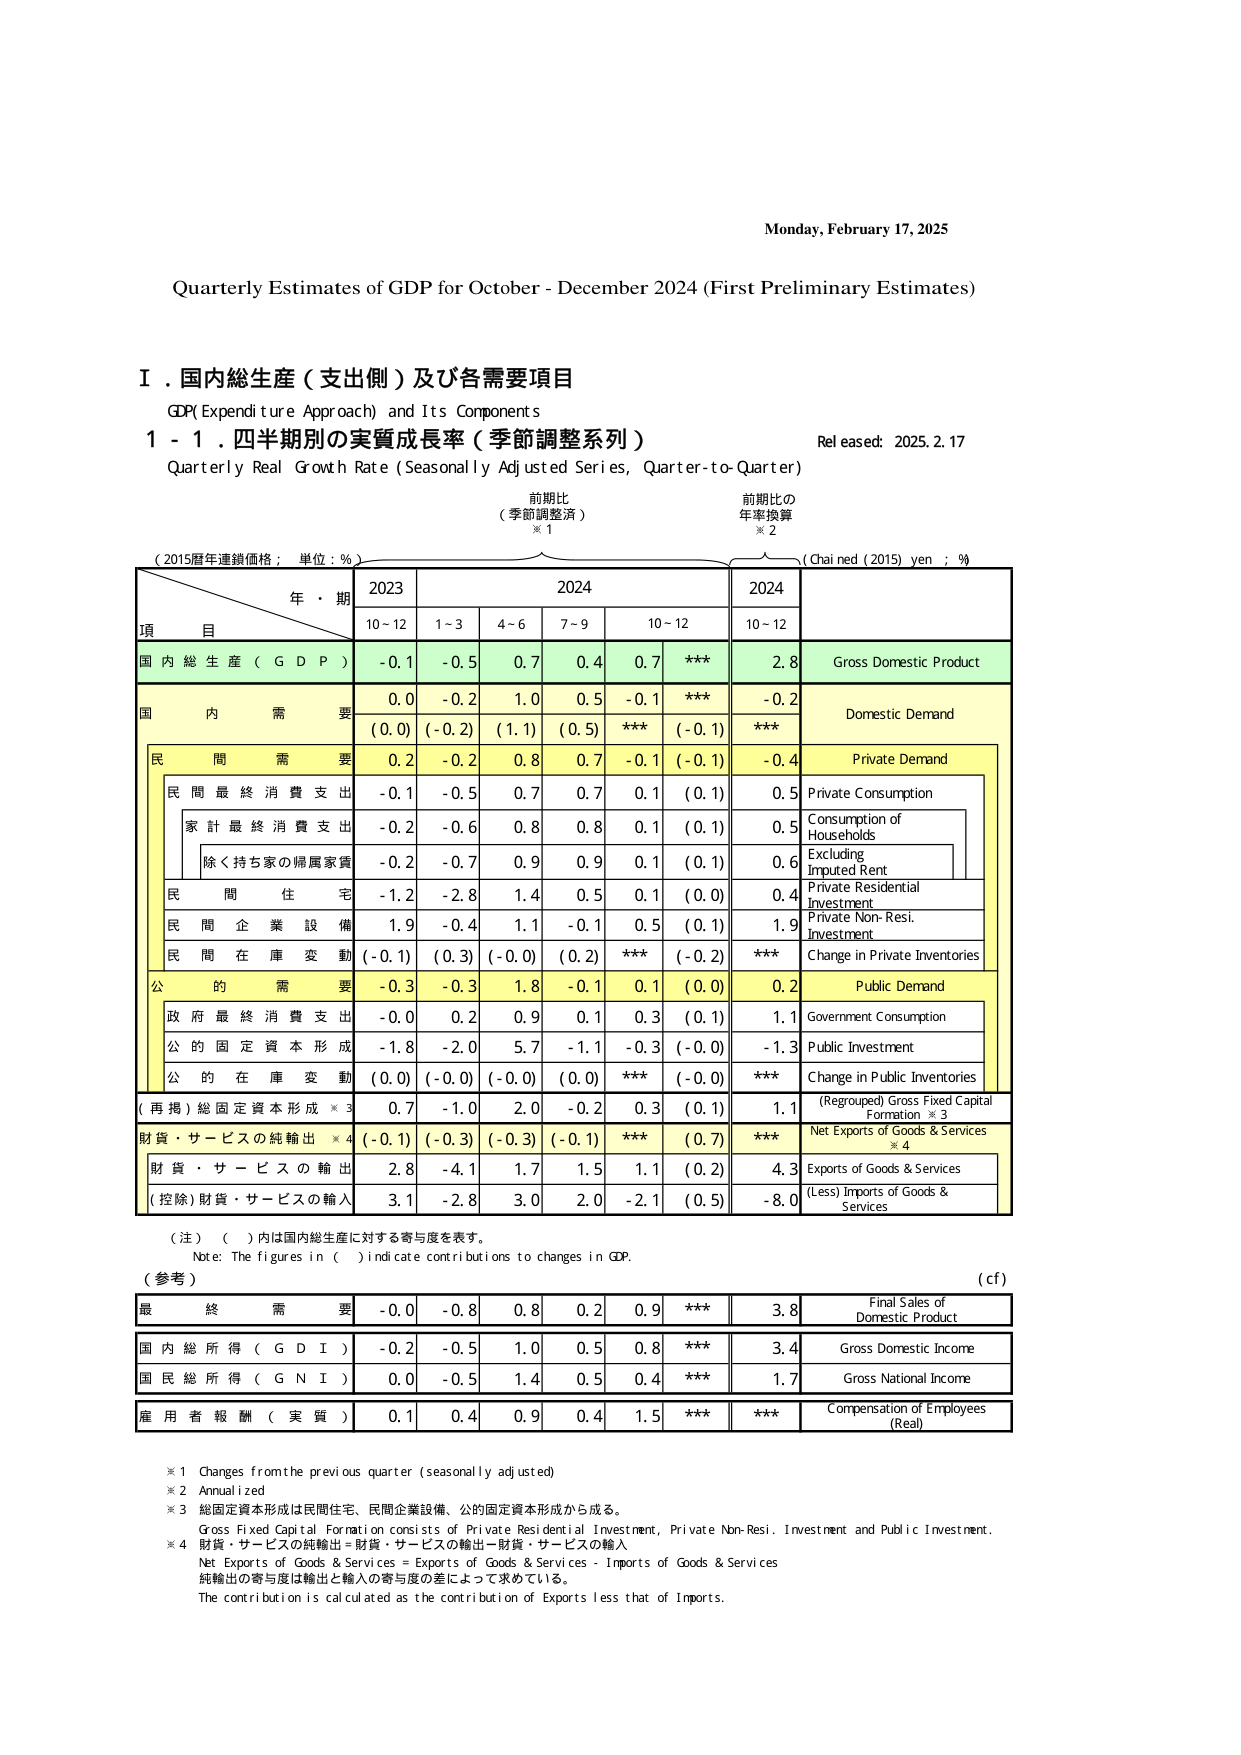
Monday, February 17, 2025

Quarterly Estimates of GDP for October - December 2024 (First Preliminary Estimates)

Ⅰ．国内総生産（支出側）及び各需要項目
GDP(Expenditure Approach) and Its Components

1 - 1．四半期別の実質成長率（季節調整系列）
Quarterly Real Growth Rate (Seasonally Adjusted Series, Quarter-to-Quarter)
Released: 2025.2.17

前期比
（季節調整済）
※1

前期比の
年率換算
※2

（2015暦年連鎖価格；単位：%）

（Chained (2015) yen；%）

年・期
2023
2024
2024
10~12
1~3
4~6
7~9
10~12
10~12

項
目

国内総生産（GDP）
-0.1
-0.5
0.7
0.4
0.7
***
2.8
Gross Domestic Product

国内需要
0.0
-0.2
1.0
0.5
-0.1
***
-0.2
Domestic Demand
(0.0)
(-0.2)
(1.1)
(0.5)
***
(-0.1)
***

民間需要
0.2
-0.2
0.8
0.7
-0.1
(-0.1)
-0.4
Private Demand

民間最終消費支出
-0.1
-0.5
0.7
0.7
0.1
(0.1)
0.5
Private Consumption

家計最終消費支出
-0.2
-0.6
0.8
0.8
0.1
(0.1)
0.5
Consumption of Households

除く持ち家の帰属家賃
-0.2
-0.7
0.9
0.9
0.1
(0.1)
0.6
Excluding Imputed Rent

民間住宅
-1.2
-2.8
1.4
0.5
0.1
(0.0)
0.4
Private Residential Investment

民間企業設備
1.9
-0.4
1.1
-0.1
0.5
(0.1)
1.9
Private Non-Resi. Investment

民間在庫変動
(-0.1)
(0.3)
(-0.0)
(0.2)
***
(-0.2)
***
Change in Private Inventories

公的需要
-0.3
-0.3
1.8
-0.1
0.1
(0.0)
0.2
Public Demand

政府最終消費支出
-0.0
0.2
0.9
0.1
0.3
(0.1)
1.1
Government Consumption

公的固定資本形成
-1.8
-2.0
5.7
-1.1
-0.3
(-0.0)
-1.3
Public Investment

公的在庫変動
(0.0)
(-0.0)
(-0.0)
(0.0)
***
(-0.0)
***
Change in Public Inventories

(再掲)総固定資本形成※3
0.7
-1.0
2.0
-0.2
0.3
(0.1)
1.1
(Regrouped) Gross Fixed Capital Formation ※3

財貨・サービスの純輸出※4
(-0.1)
(-0.3)
(-0.3)
(-0.1)
***
(0.7)
***
Net Exports of Goods & Services ※4

財貨・サービスの輸出
2.8
-4.1
1.7
1.5
1.1
(0.2)
4.3
Exports of Goods & Services

(控除)財貨・サービスの輸入
3.1
-2.8
3.0
2.0
-2.1
(0.5)
-8.0
(Less) Imports of Goods & Services

（注）（ ）内は国内総生産に対する寄与度を表す。
Note: The figures in ( ) indicate contributions to changes in GDP.

（参考）
(cf)

最終需要
-0.0
-0.8
0.8
0.2
0.9
***
3.8
Final Sales of Domestic Product

国内総所得（GDI）
-0.2
-0.5
1.0
0.5
0.8
***
3.4
Gross Domestic Income

国民総所得（GNI）
0.0
-0.5
1.4
0.5
0.4
***
1.7
Gross National Income

雇用者報酬（実質）
0.1
0.4
0.9
0.4
1.5
***
***
Compensation of Employees (Real)

※1 Changes from the previous quarter (seasonally adjusted)
※2 Annualized
※3 総固定資本形成は民間住宅、民間企業設備、公的固定資本形成から成る。
Gross Fixed Capital Formation consists of Private Residential Investment, Private Non-Resi. Investment and Public Investment.
※4 財貨・サービスの純輸出＝財貨・サービスの輸出－財貨・サービスの輸入
Net Exports of Goods & Services = Exports of Goods & Services - Imports of Goods & Services
純輸出の寄与度は輸出と輸入の寄与度の差によって求めている。
The contribution is calculated as the contribution of Exports less that of Imports.